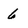
Character: 6